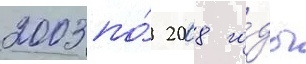
2003 по́ 2008 го́ды